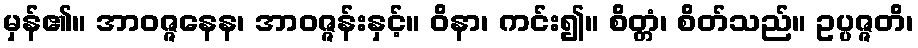
မှန်၏။ အာဝဇ္ဇနေန၊ အာဝဇ္ဇန်းနှင့်။ ဝိနာ၊ ကင်း၍။ စိတ္တံ၊ စိတ်သည်။ ဥပ္ပဇ္ဇတိ၊